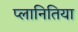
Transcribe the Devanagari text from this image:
प्लानितिया